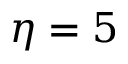
\eta = 5